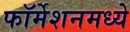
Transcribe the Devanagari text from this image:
फॉर्मेशनमध्ये